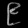
Digit: ၉